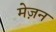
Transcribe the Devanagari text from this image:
मेज़न